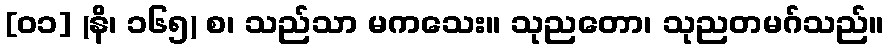
[၀၁] (နိ၊ ၁၆၅) စ၊ သည်သာ မကသေး။ သုညတော၊ သုညတမဂ်သည်။